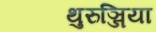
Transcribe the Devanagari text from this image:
थुरुञ्जिया